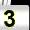
Digit: 3